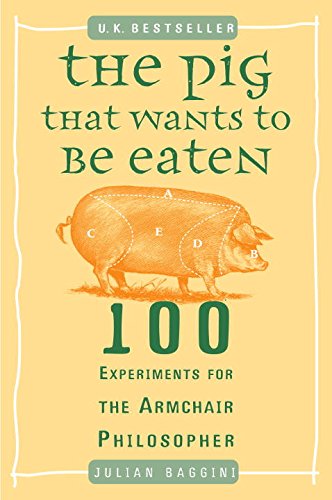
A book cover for The Pig That Wants to Be Eaten: 100 Experiments for the Armchair Philosopher; Julian Baggini; Humor & Entertainment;